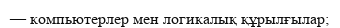
— компьютерлер мен логикалық құрылғылар;